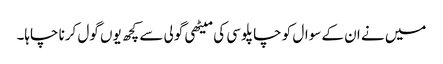
میں نے ان کے سوال کو چاپلوسی کی میٹھی گولی سے کچھ یوں گول کرنا چاہا۔